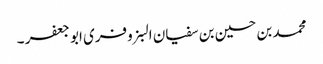
محمد بن حسین بن سفیان البزوفری ابو جعفر ۔